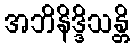
အဘိနိဒ္ဒိသန္တိ